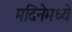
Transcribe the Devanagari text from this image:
मदिनेमध्ये